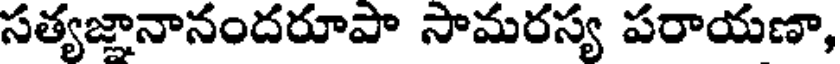
సత్యజ్ఞానానందరూపా సామరస్య పరాయణా,